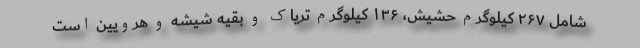
شامل ۲۶۷ کیلوگرم حشیش، ۱۳۶ کیلوگرم تریاک و بقیه شیشه و هرویین است